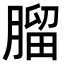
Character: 𦞧